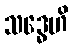
သဒ္ဓေဟိ